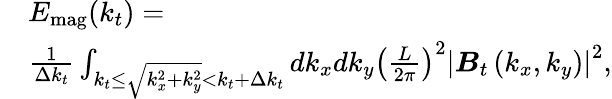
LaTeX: \begin{array}{rl}&{E_{\mathrm{mag}}(k_{t})=}\\ &{\frac{1}{\Delta k_{t}}\int_{k_{t}\le\sqrt{k_{x}^{2}+k_{y}^{2}}<k_{t}+\Delta k_{t}}dk_{x}dk_{y}\left(\frac{L}{2\pi}\right)^{2}\left|\boldsymbol{B}_{t}\left(k_{x},k_{y}\right)\right|^{2},}\end{array}